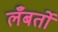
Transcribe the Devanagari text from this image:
लँबर्तो